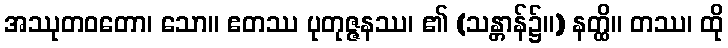
အဿုတဝတော၊ သော။ ဧတဿ ပုတုဇ္ဇနဿ၊ ၏ (သန္တာန်၌။) နတ္ထိ။ တဿ၊ ထို